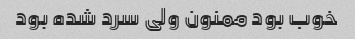
خوب بود ممنون ولی سرد شده بود